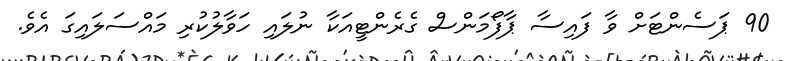
90 ޕަސެންޓަށް ވާ ފައިސާ ޕާފޯމަންސް ގެރެންޓީއަކާ ނުލައި ހަވާލުކުރި މައްސަލައިގަ އެވެ.